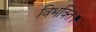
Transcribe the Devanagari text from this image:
विभक्ति।